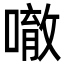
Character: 𠾀